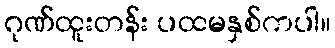
ဂုဏ်ထူးတန်း ပထမနှစ်ကပါ။